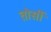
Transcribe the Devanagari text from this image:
तोर्सी